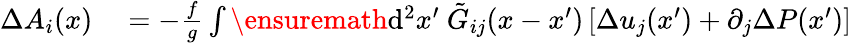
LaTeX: \begin{array}{rl}{\Delta A_{i}(x)}&{{}=-\frac{f}{g}\int\ensuremath{\operatorname{d}\! {}^{2}}x^{\prime}\ \tilde{G}_{ij}(x-x^{\prime})\left[\Delta u_{j}(x^{\prime})+\partial_{j}\Delta P(x^{\prime})\right]\, }\end{array}